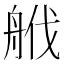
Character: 𦨷